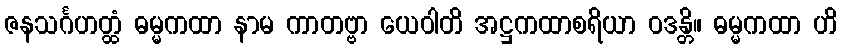
ဇနသင်္ဂဟတ္ထံ ဓမ္မကထာ နာမ ကာတဗ္ဗာ ယေဝါတိ အဋ္ဌကထာစရိယာ ဝဒန္တိ။ ဓမ္မကထာ ဟိ